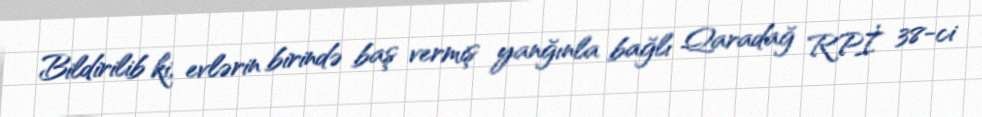
Bildirilib ki, evlərin birində baş vermiş yanğınla bağlı Qaradağ RPİ 38-ci